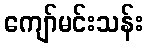
ကျော်မင်းသန်း